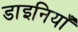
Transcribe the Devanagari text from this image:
डाइनियाँ